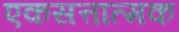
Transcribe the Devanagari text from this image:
एकसत्तात्मक